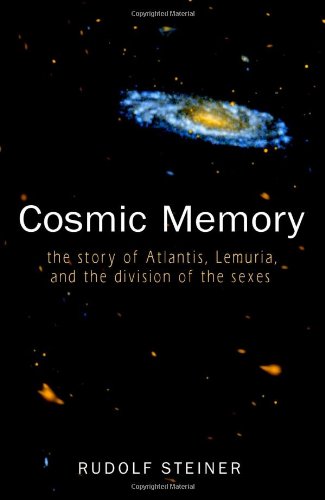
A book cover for Cosmic Memory: The Story of Atlantis, Lemuria, and the Division of the Sexes; Rudolf Steiner; Religion & Spirituality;